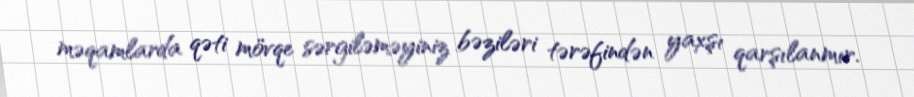
məqamlarda qəti mövqe sərgiləməyiniz bəziləri tərəfindən yaxşı qarşılanmır.